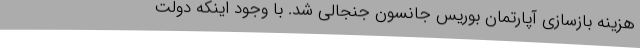
هزینه بازسازی آپارتمان بوریس جانسون جنجالی شد. با وجود اینکه دولت